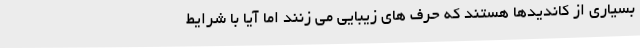
بسیاری از کاندیدها هستند که حرف های زیبایی می زنند اما آیا با شرایط